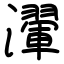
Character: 瀈